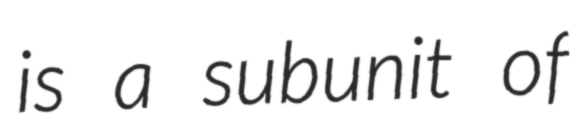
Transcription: is a subunit of